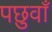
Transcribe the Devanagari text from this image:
पछुवाँ